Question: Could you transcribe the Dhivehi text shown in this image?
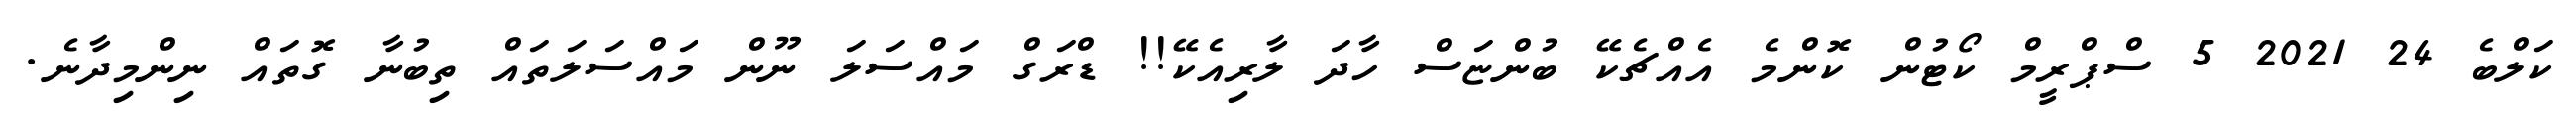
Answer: ކަލްބެ 24 2021 5 ސްޕްރީމް ކޯޓުން ކޮންމެ އެއްޗެކޭ ބުންޏަސް ހާދަ ލާރިއެކޭ!! ޑްރަގް މައްސަލަ ނޫން މައްސަލަތައް ތިބުނާ ގޮތައް ނިންމިދާނެ.